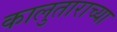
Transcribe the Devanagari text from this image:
कालुताराच्या